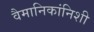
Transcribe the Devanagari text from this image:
वैमानिकांनिशी